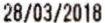
28/03/2018